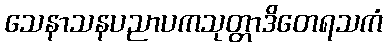
သေနာသနပညာပကသုတ္တာဒိတေရသကံ